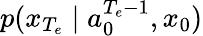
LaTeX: p(x_{{T_{e}}}\mid a_{0}^{{T_{e}}-1},x_{0})